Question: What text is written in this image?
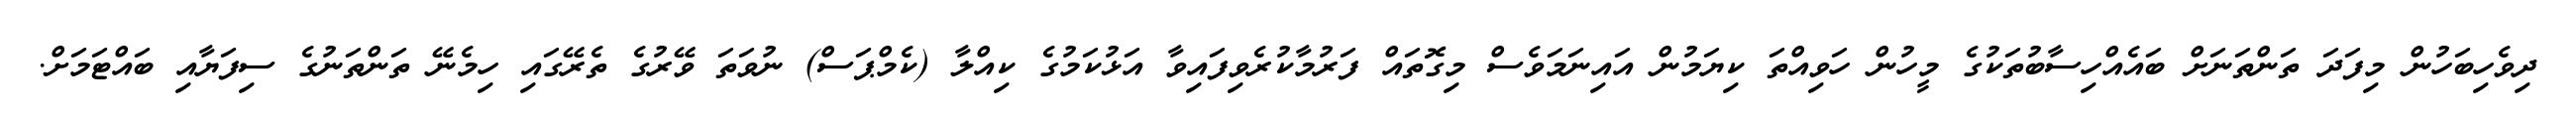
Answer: ދިވެހިބަހުން މިފަދަ ތަންތަނަށް ބައެއްހިސާބުތަކުގެ މީހުން ހަވިއްތަ ކިޔަމުން އައިނަމަވެސް މިގޮތައް ފަރުމާކުރެވިފައިވާ އަޅުކަމުގެ ކިއްލާ (ކެމްޕަސް) ނުވަތަ ވޭރުގެ ތެރޭގައި ހިމެނޭ ތަންތަނުގެ ސިފަޔާއި ބައްޓަމަށް.